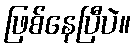
ဖြစ်နေပြီပဲ။